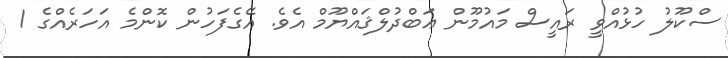
ސްކޫލު ހުޅުއްވީ ރައީސް މައުމޫން ޢަަބްދުލްޤައްޔޫމް އެވެ. އޭގެފަހުން ކޮންމެ އަހަރެއްގެ 1